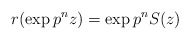
\begin{align*}r(\exp p^nz)= \exp p^nS(z)\end{align*}